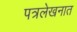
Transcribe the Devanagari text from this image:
पत्रलेखनात